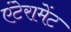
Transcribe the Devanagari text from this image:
एंटेरामेंट